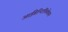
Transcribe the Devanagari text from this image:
आईडेन्टिफिकेशन